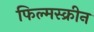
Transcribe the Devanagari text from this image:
फिल्मस्क्रीन